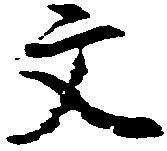
文